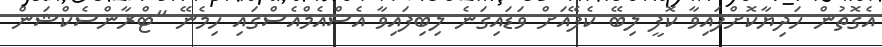
އެގޮތުން ހަދިޔާކޮށްފައިވާ ކޮފީ ލިބޭ ކެފޭއަށް ވަޑައިގަނެ ލިބިފައިވާ އެސްއެމްއެސްގައި ހިމެނޭ "ޓްރާންސެކްޝަން